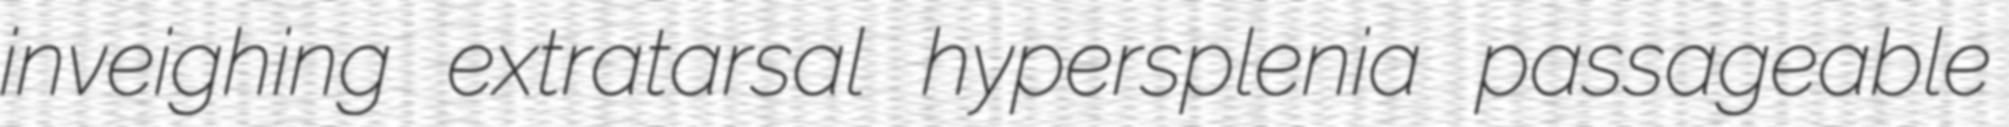
inveighing extratarsal hypersplenia passageable